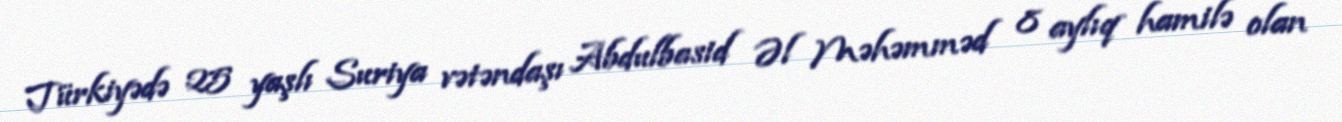
Türkiyədə 25 yaşlı Suriya vətəndaşı Abdulbasid Əl Məhəmməd 8 aylıq hamilə olan